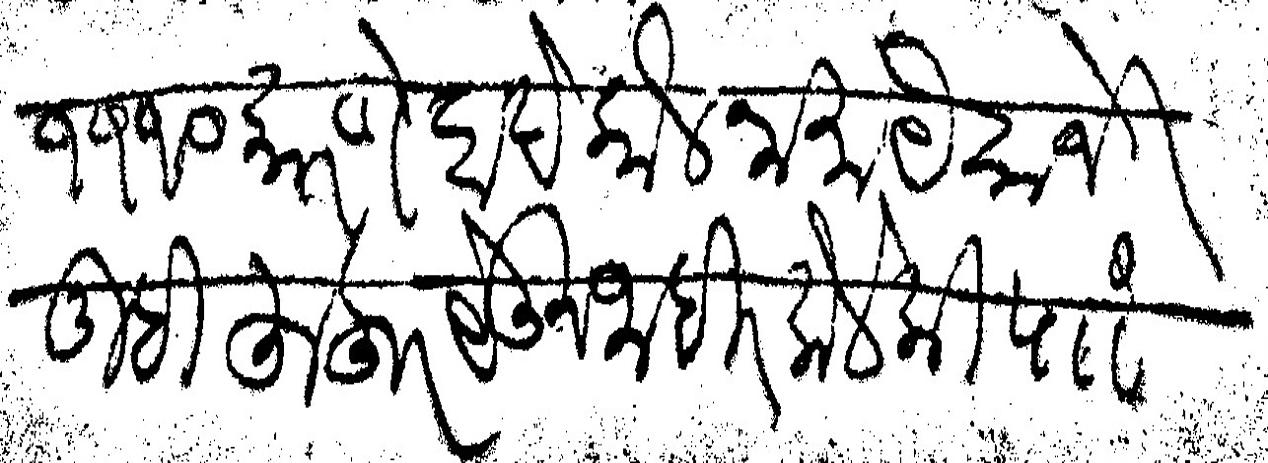
Transliteration (Devanagari): १११० कारणे दादे कौलनामा यैसा जे तुम्ही हुजूर येऊन जाहीर केले की पाा